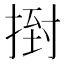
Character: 𢰙